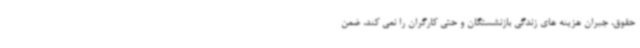
حقوق، جبران هزینه های زندگی بازنشستگان و حتی کارگران را نمی کند، ضمن